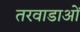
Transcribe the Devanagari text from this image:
तरवाडाओं